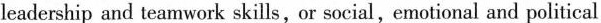
leadership and teamwork skills,or social,emotional and political